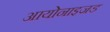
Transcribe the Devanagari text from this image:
आयोनाइजड